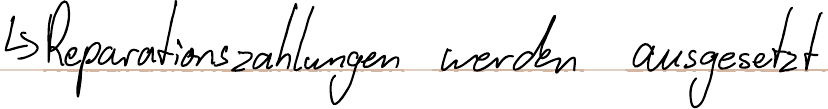
-> Reparationszahlungen werden ausgesetzt